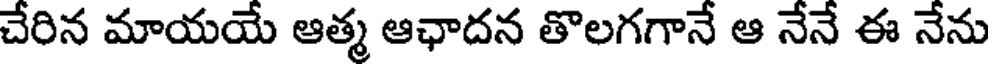
చేరిన మాయయే ఆత్మ ఆఛాదన తొలగగానే ఆ నేనే ఈ నేను